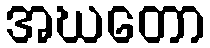
အဃတော